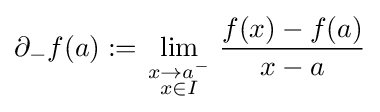
\partial _{-}f(a):=\lim _{\scriptstyle x\to a^{-} \atop \scriptstyle x\in I}{\frac {f(x)-f(a)}{x-a}}